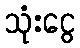
သုံးငွေ